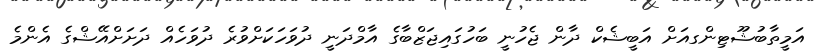
އަމީތާބުޝޫޓިންގއަށް އަބީޝެކް ދާން ޖެހުނީ ބަހުގައިޖަޒްބާގެ އާމްދަނީ ދުވަހަކަށްވުރެ ދުވަހެއް ދަށަށްއޭޝްގެ އެންމެ